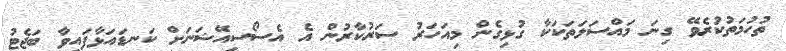
ތުހުމަތުކުރެވޭ ގިނަ މައްސަލަތަކަކާ ގުޅިގެން މިއަހަރު ސަރުކާރުން އެ އެސޯސިއޭޝަނަށް ކަނޑައަޅާފައިވާ ބަޖެޓު